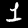
Label: 1